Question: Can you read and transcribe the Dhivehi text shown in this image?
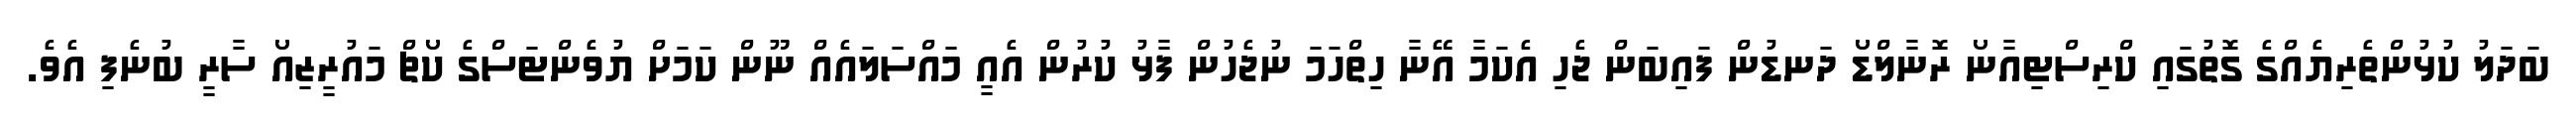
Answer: ބަދަލު ކުޅުންތެރިޔެއްގެ ގޮތުގައި ކްރިސްޓިއާނޯ ރޮނާލްޑޯ ދަނޑުން ފައިބަން ޖެހި އެކަމާ އޭނާ ހިތްހަމަ ނުޖެހުން ފާޅު ކުރުން އެއީ މައްސަލައެއް ނޫން ކަމަށް ޔުވެންޓަސްގެ ކޯޗް މައުރީޒިއޯ ސާރީ ބުނެފި އެވެ.